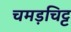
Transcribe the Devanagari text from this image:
चमड़चिट्ट